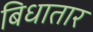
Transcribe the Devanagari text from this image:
बिधातार